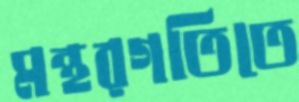
মন্থরগতিতে